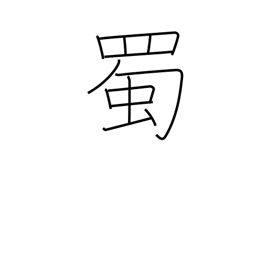
Meaning: green caterpillar